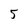
Character: 5